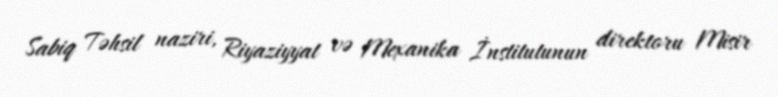
Sabiq Təhsil naziri, Riyaziyyat və Mexanika İnstitutunun direktoru Misir